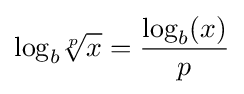
\log _{b}\!{\sqrt[{p}]{x}}={\frac {\log _{b}(x)}{p}}